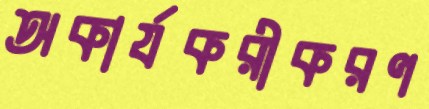
অকার্যকরীকরণ